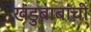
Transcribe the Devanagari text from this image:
खंडुबाबांची